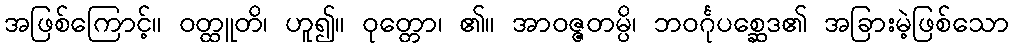
အဖြစ်ကြောင့်။ ဝတ္ထူတိ၊ ဟူ၍။ ဝုတ္တော၊ ၏။ အာဝဇ္ဇတမ္ပိ၊ ဘဝင်္ဂုပစ္ဆေဒ၏ အခြားမဲ့ဖြစ်သော